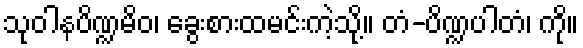
သုဝါနပိဏ္ဍမိဝ၊ ခွေးစားထမင်းကဲ့သို့။ တံ-ပိဏ္ဍပါတံ၊ ကို။